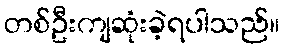
တစ်ဦးကျဆုံးခဲ့ရပါသည်။